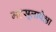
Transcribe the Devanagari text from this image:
महसूलापेक्षा